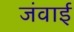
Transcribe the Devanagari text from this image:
जंवाई